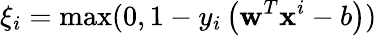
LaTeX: \xi_{i}=\operatorname*{max}(0,1-y_{i}\left(\mathbf{w}^{T}\mathbf{x}^{i}-b\right))